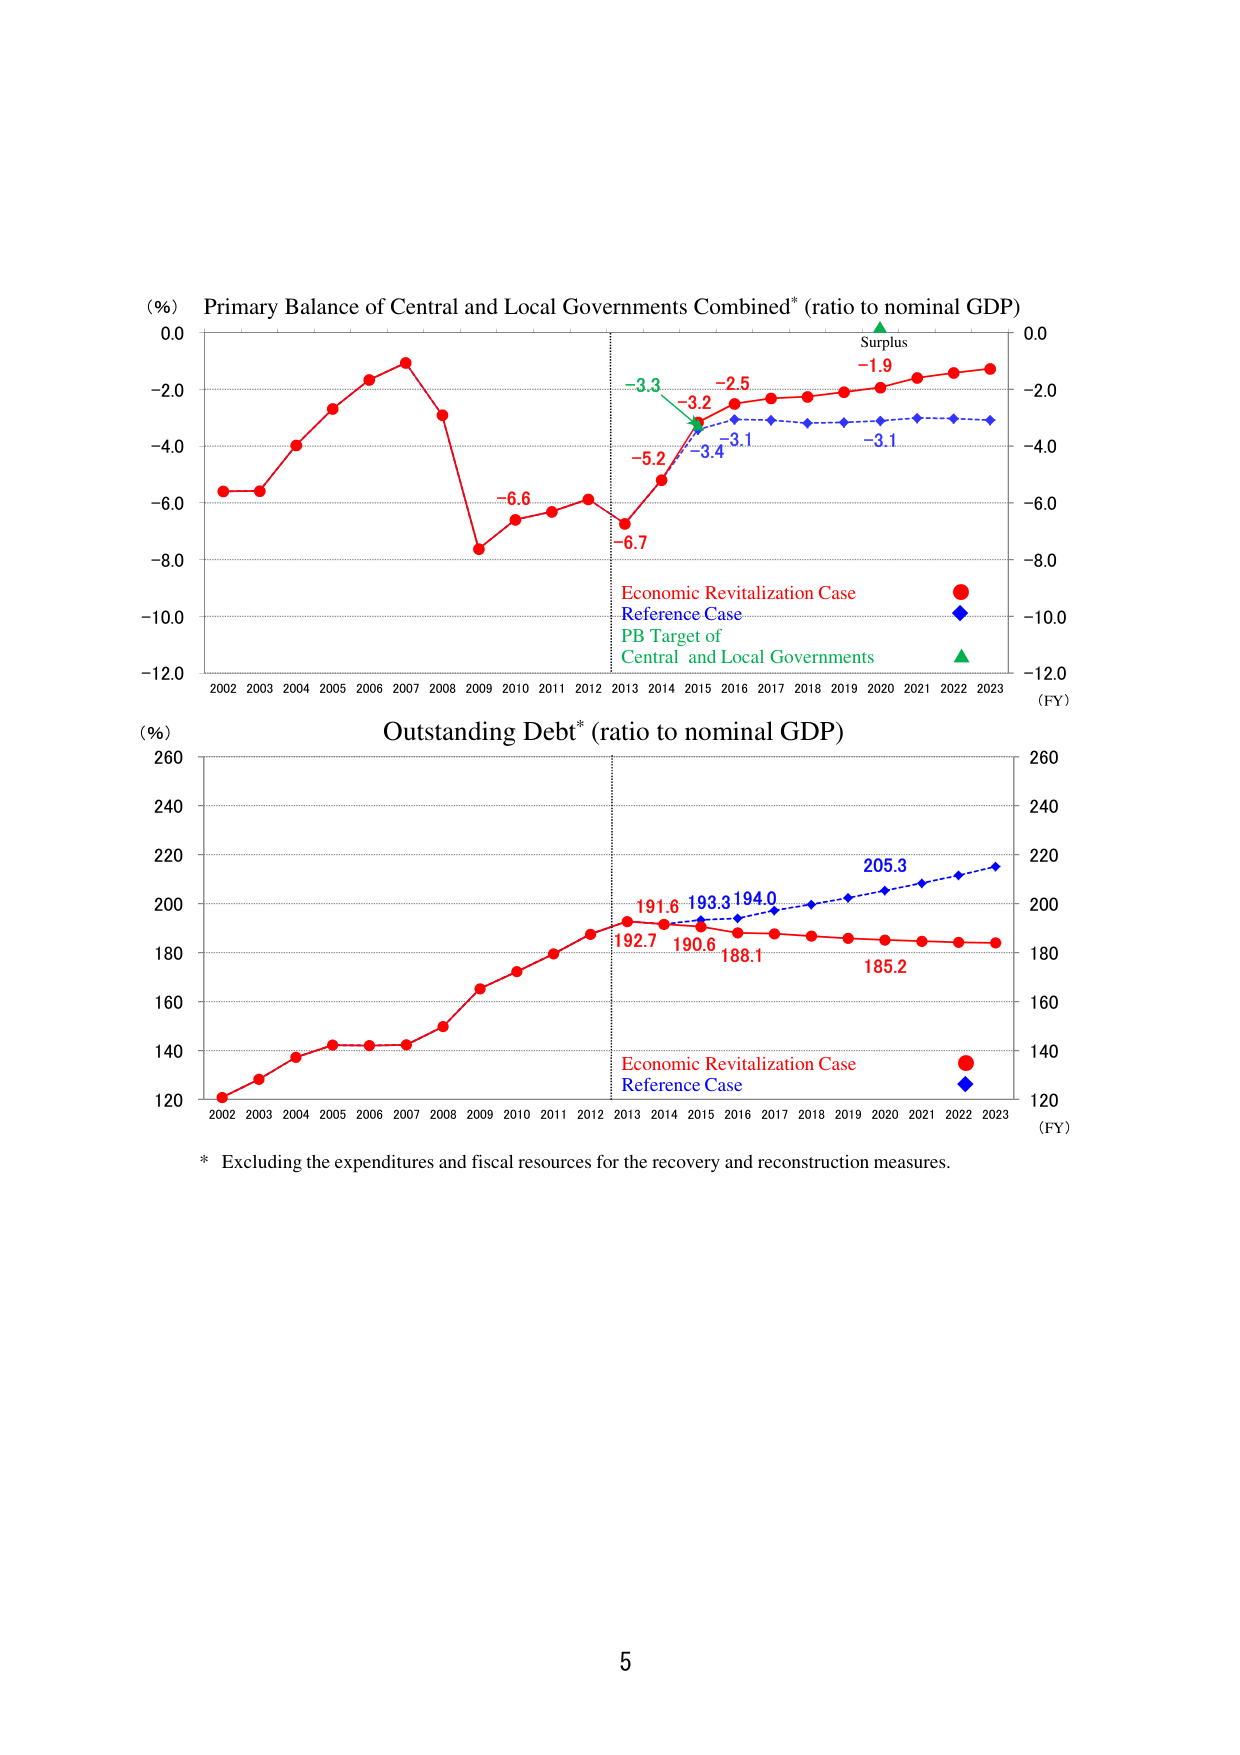
(%) Primary Balance of Central and Local Governments Combined* (ratio to nominal GDP)
0.0
-2.0
-4.0
-6.0
-8.0
-10.0
-12.0
2002 2003 2004 2005 2006 2007 2008 2009 2010 2011 2012 2013 2014 2015 2016 2017 2018 2019 2020 2021 2022 2023
(FY)
Surplus
-1.9
-3.3
-3.2
-2.5
-5.2
-3.4
-3.1
-3.1
-6.6
-6.7
Economic Revitalization Case
Reference Case
PB Target of
Central and Local Governments
0.0
-2.0
-4.0
-6.0
-8.0
-10.0
-12.0
(%) Outstanding Debt* (ratio to nominal GDP)
260
240
220
200
180
160
140
120
2002 2003 2004 2005 2006 2007 2008 2009 2010 2011 2012 2013 2014 2015 2016 2017 2018 2019 2020 2021 2022 2023
(FY)
191.6
193.3
194.0
205.3
192.7
190.6
188.1
185.2
Economic Revitalization Case
Reference Case
260
240
220
200
180
160
140
120
* Excluding the expenditures and fiscal resources for the recovery and reconstruction measures.
5